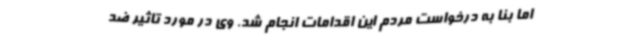
اما بنا به درخواست مردم این اقدامات انجام شد. وی در مورد تاثیر ضد